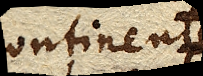
continente